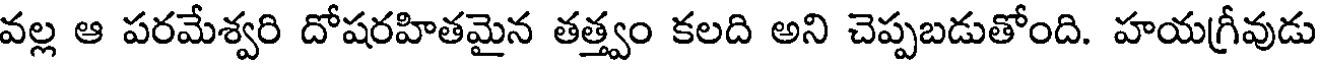
వల్ల ఆ పరమేశ్వరి దోషరహితమైన తత్త్వం కలది అని చెప్పబడుతోంది. హయగ్రీవుడు